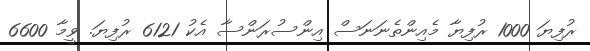
ރުފިޔަ 1000 ރުފިޔާ މެއިންތެނަނަސް އިންސުރަންސާ އެކު 6121 ރުފިޔަ. ވީމާ 6600